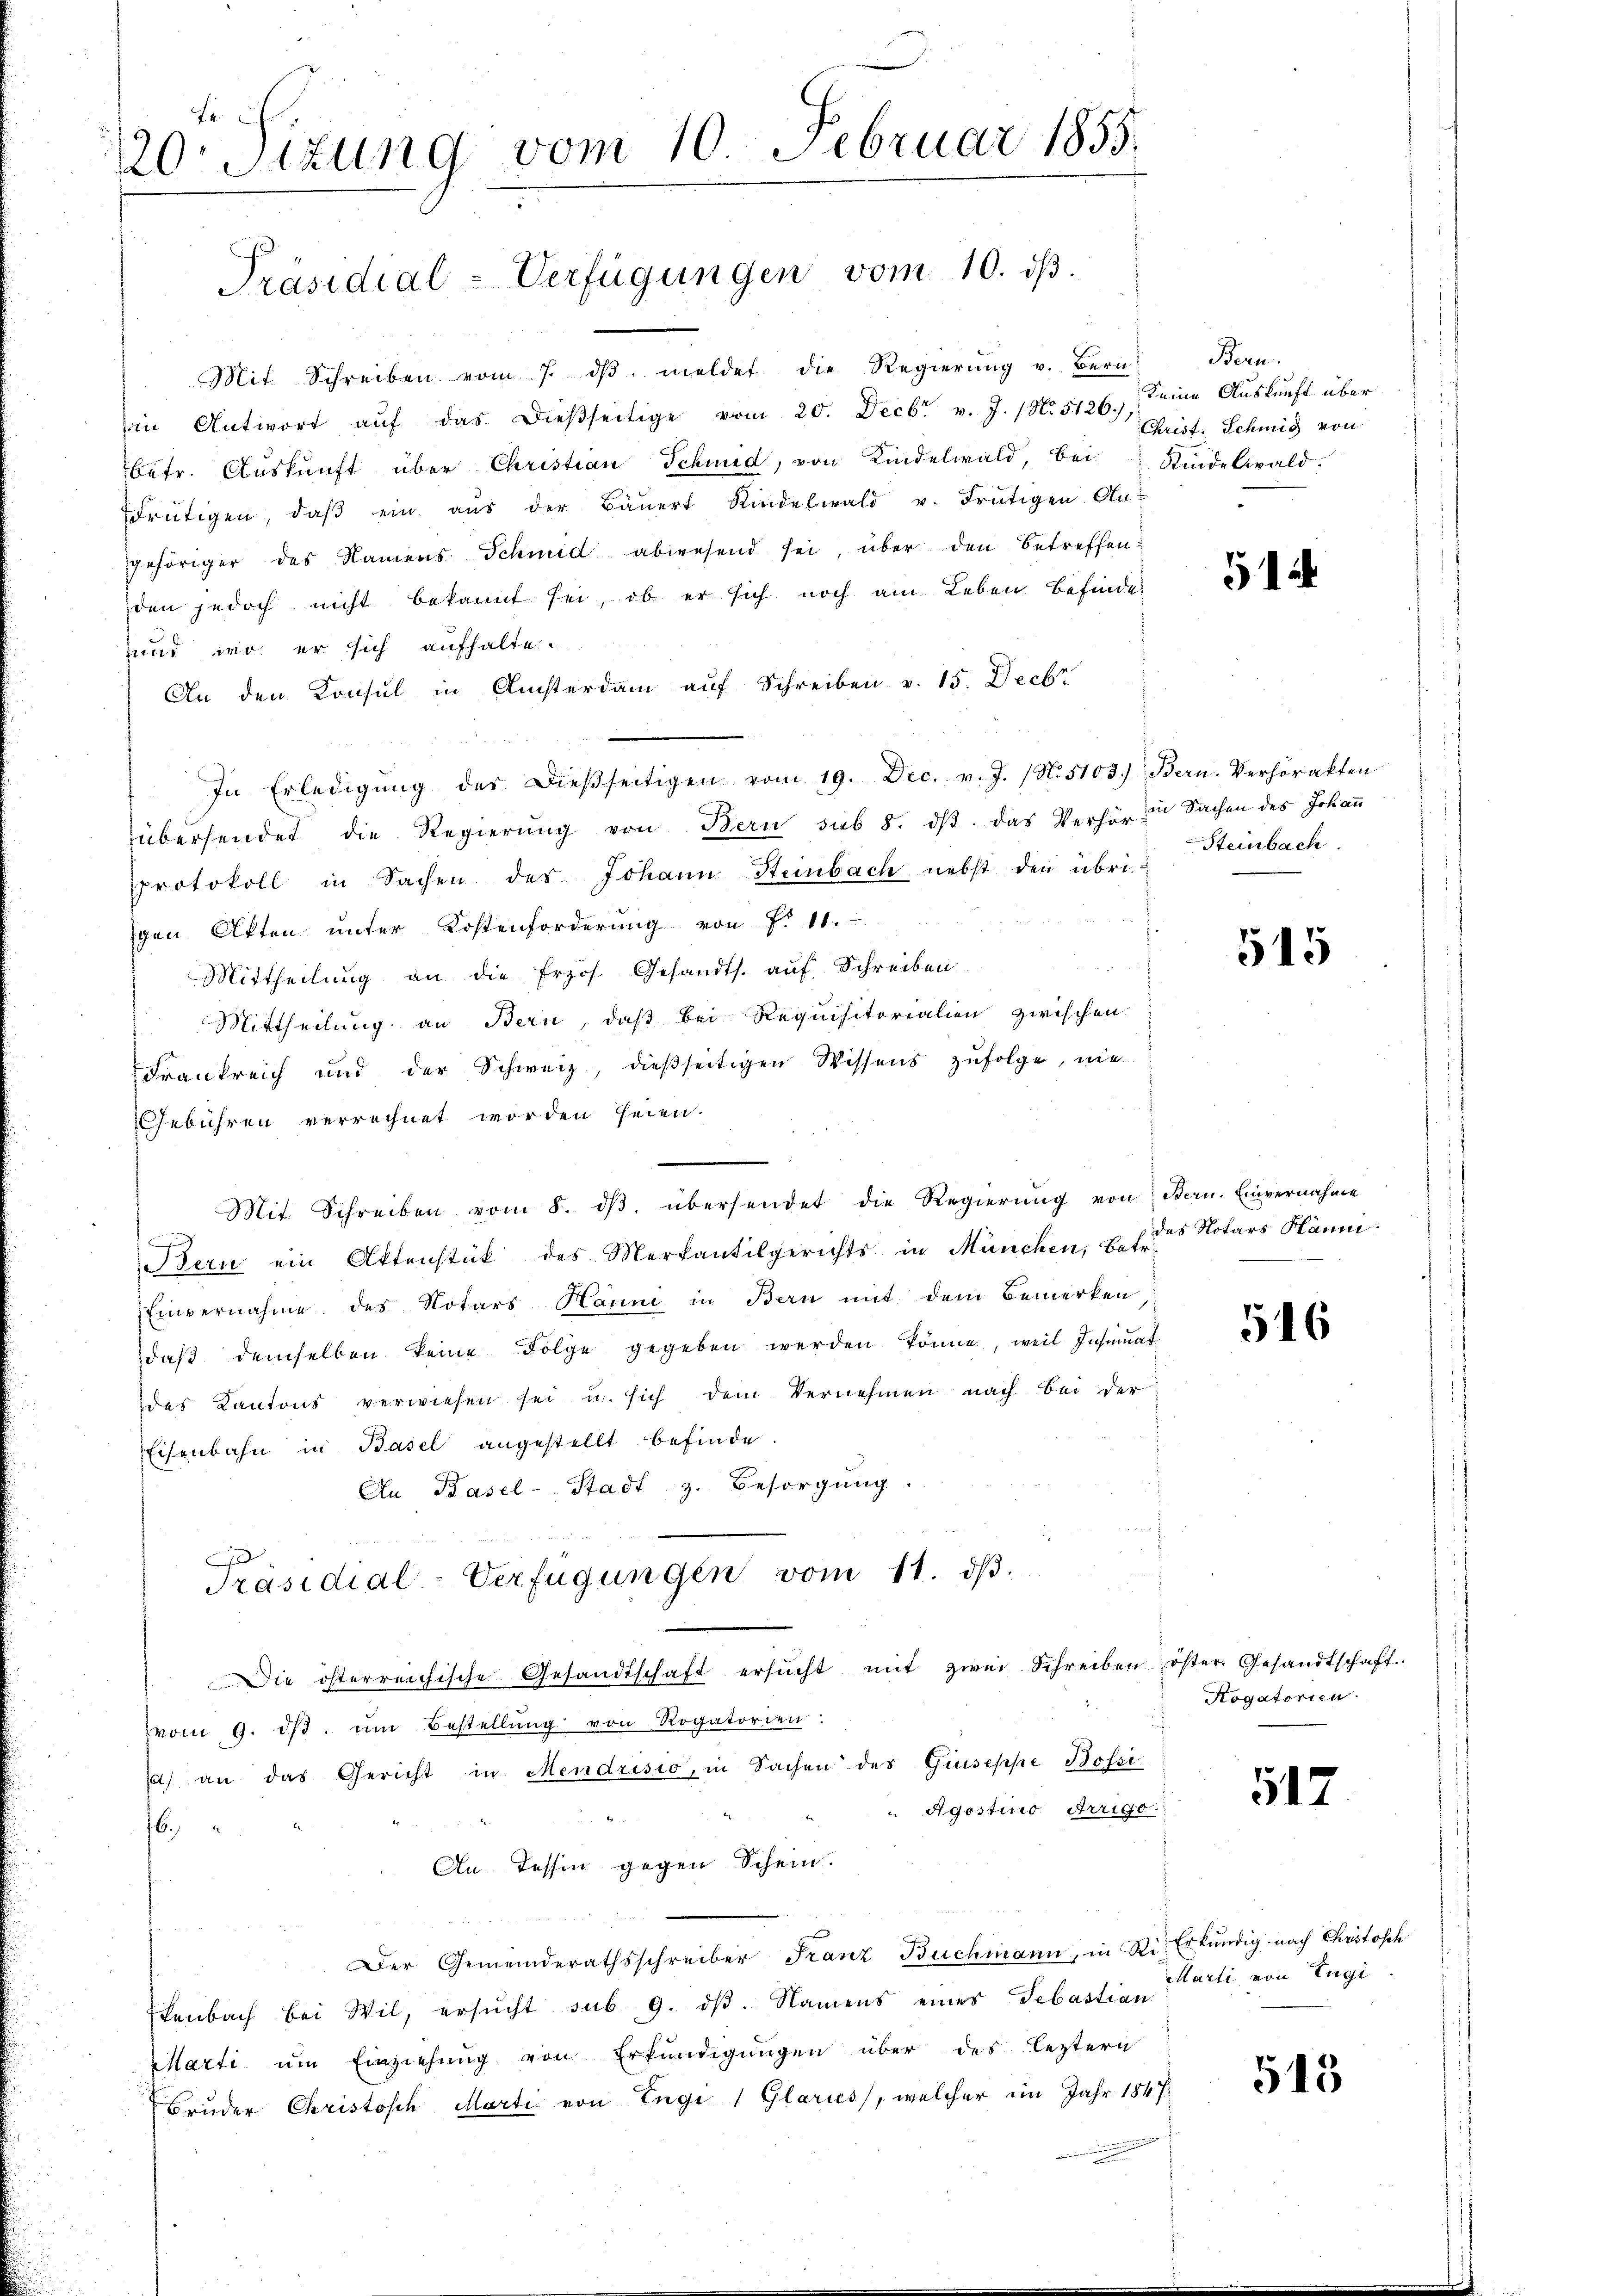
120. Sizung vom 10. Februar 1855.
Präsidial-Verfügungen vom 10. dβ.

Mit Schreiben vom 7. dβ meldet die Regierŭng u. Bern
in Antwort aŭf das dieβseitige vom 20. Decbr v. J. (N. 5126. Seine Auskunft über
betr. Aŭskŭnft über Christian Schmid, von Kindelwald, bei Kindelwald.
drütigen, daβ ein aŭs der Baŭert Kindelwald u. Frutigen An-
gehöriger des Namens Schmid abwesend sei, über den betreffenden jedoch nicht bekannt sei, ob er sich noch am Leben befinde-
und, wo er sich aufhalte
An den Konsul in Ansterdam auf Schreiben v. 15. Decbr
In Erledigŭng des Dieβseitigen vom 19. Dec. v. J. (N. 5103) Bern. Verhörakten
übersendet die Regierŭng von Bern sub 8. dβ das Verhör zu Sachen des Johaṅ
protokoll in Sachen des Johann Steinbach nebst den übrigen Akten unter Kostenforderung von P. 11.
Mittheilŭng an die frzös. Gesandts. aŭf Schreiben
Mittheilung an Bern, daß bei Requisitorialien zwischen
Frankreich und der Schweiz, dießseitigen Wissens zŭfolge, nie
Gebühren verrechnet worden seien.
Mit. Schreiben vom 8. dβ übersendet die Regierŭng von Stern. Einvernahme
f
Bern ein Aktenstück des Merkantilgerichts in München, betr.
Einvernahme des Notars Hanne in Bern mit dem Bemerken
daβ demselben keine Folge gegeben werden könne, weil Insinuat
das Kantons verwiesen sei u. sich dem Vernehmen nach bei der
Eisenbahn in Basel angestellt befinde.
An Basel-Stadt z. Besorgŭng.
c
Präsidial-Verfügungen vom 11. dβ.
Die österreichische Gesandtschaft ersŭcht mit zwei Schreiben öster. Gesandtschaft
vom 9. dβ. ŭm Bestellŭng von Rogatorien:
) an das Gericht in Mendrisio, in Sachen des Griseppe Bossi¬
Agostino Trigo
6
An Tessin gegen Schein.
Der Gemeinderathsschreiber Franz Buchmann, in Ri. Erkundig nach Christosch
tenbach bei Wil, ersŭcht sub. 9. dβ. Namens eines Sebastian
Marti ŭm Einziehŭng von Erkundigungen über des leztern
Bruder Christisch Marti von Engi 1 Glarus, welcher im Jahr 1847.

Bern.
Christ. Schmid von

51

Steinbach.

515

das Notars Hänni

516

Hogatorien.

517.

Marti von Eugi.

513